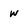
Character: w